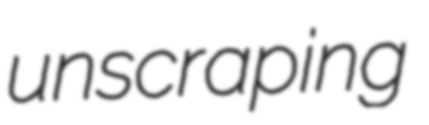
unscraping